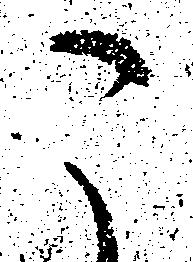
こ